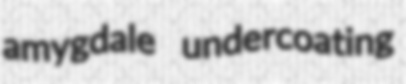
amygdale undercoating